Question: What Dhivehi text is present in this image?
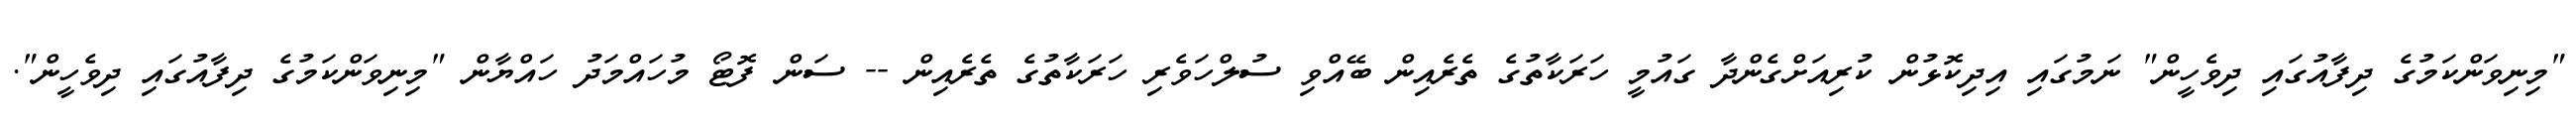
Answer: "މިނިވަންކަމުގެ ދިފާއުގައި ދިވެހީން" ނަމުގައި އިދިކޮޅުން ކުރިއަށްގެންދާ ގައުމީ ހަރަކާތުގެ ތެރެއިން ބޭއްވި ސުލްހަވެރި ހަރަކާތުގެ ތެރެއިން -- ސަން ފޮޓޯ މުހައްމަދު ހައްޔާން "މިނިވަންކަމުގެ ދިފާއުގައި ދިވެހީން".